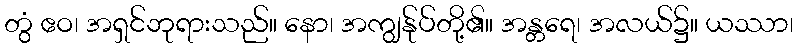
တွံ ဧဝ၊ အရှင်ဘုရားသည်။ နော၊ အကျွန်ုပ်တို့၏။ အန္တရေ၊ အလယ်၌။ ယဿာ၊